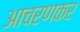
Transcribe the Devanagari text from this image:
आचरणकर